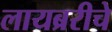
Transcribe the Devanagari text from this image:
लायब्ररीचे